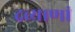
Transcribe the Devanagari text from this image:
द्रव्याणां